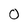
Character: 0